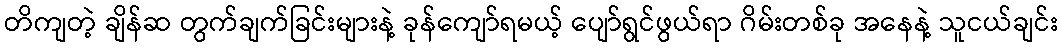
တိကျတဲ့ ချိန်ဆ တွက်ချက်ခြင်းများနဲ့ ခုန်ကျော်ရမယ့် ပျော်ရွင်ဖွယ်ရာ ဂိမ်းတစ်ခု အနေနဲ့ သူငယ်ချင်း